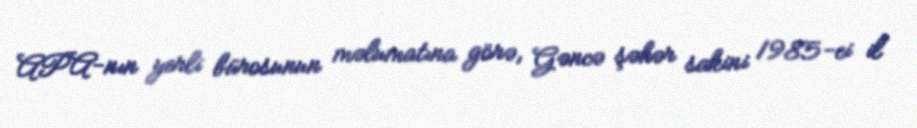
APA-nın yerli bürosunun məlumatına görə, Gəncə şəhər sakini 1985-ci il